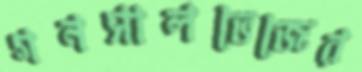
গনসালভেজের